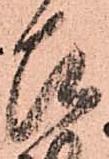
召